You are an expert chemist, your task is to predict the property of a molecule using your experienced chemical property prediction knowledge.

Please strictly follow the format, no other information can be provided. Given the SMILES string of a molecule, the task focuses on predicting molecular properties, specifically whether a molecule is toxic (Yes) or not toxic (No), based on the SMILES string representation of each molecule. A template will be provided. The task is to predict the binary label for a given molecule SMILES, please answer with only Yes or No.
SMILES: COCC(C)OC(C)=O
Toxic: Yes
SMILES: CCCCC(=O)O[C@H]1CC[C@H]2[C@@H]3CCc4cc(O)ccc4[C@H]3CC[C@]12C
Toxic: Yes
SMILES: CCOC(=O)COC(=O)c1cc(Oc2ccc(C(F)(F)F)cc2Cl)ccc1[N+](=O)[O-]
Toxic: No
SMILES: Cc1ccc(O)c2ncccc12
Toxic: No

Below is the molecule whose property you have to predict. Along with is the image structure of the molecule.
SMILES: Nc1ccc([N+](=O)[O-])c(N)c1
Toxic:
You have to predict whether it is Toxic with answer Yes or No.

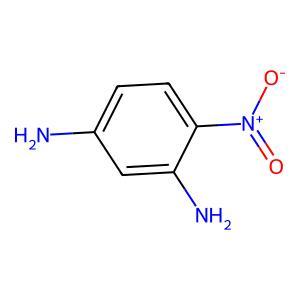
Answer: No